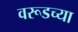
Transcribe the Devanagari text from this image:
वरूडच्या